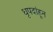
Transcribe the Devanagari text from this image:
धृपदांहून